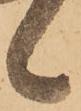
候